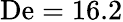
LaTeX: \mathrm{De}=16.2